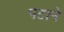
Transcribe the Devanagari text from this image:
पटाने